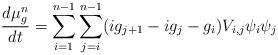
\begin{align*}\frac{d\mu_g^n}{dt} = \sum_{i=1}^{n-1}\sum_{j=i}^{n-1}(ig_{j+1}-ig_j-g_i)V_{i,j}\psi_i\psi_j \end{align*}